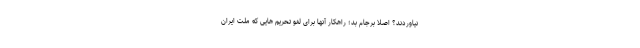
نیاوردند؟ اصلاً برجام بد؛ راهکار آنها برای لغو تحریم هایی که ملت ایران